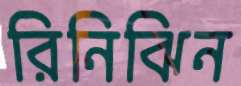
রিনিঝিন